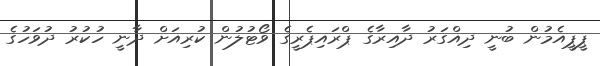
ޕީޕީއެމުން ބުނީ ދިއްގަރު ދާއިރާގެ ޕްރައިޕެރީގެ ވޯޓުލުން ކުރިއަށް ދާނީ ހުކުރު ދުވަހުގެ